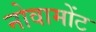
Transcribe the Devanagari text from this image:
नोवामोंट